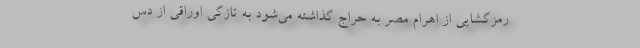
رمزگشایی از اهرام مصر به حراج گذاشته می‌شود به تازگی اوراقی از دس